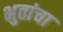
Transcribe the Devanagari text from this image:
भुतांचा